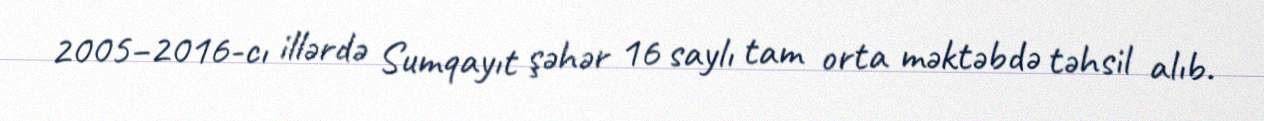
2005–2016-cı illərdə Sumqayıt şəhər 16 saylı tam orta məktəbdə təhsil alıb.